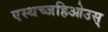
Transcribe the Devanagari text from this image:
एस्थच्जहिओउस्